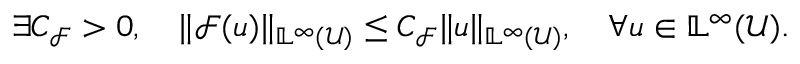
\exists C _ { \mathcal { F } } > 0 , \quad \Vert \mathcal { F } ( u ) \Vert _ { \mathbb { L } ^ { \infty } ( \mathcal { U } ) } \leq C _ { \mathcal { F } } \Vert u \Vert _ { \mathbb { L } ^ { \infty } ( \mathcal { U } ) } , \quad \forall u \in \mathbb { L } ^ { \infty } ( \mathcal { U } ) .